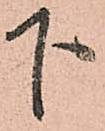
下